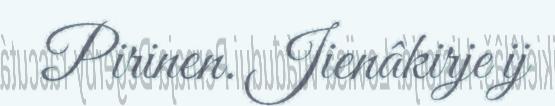
Pirinen. Jienâkirje ij